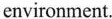
environment.